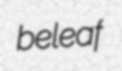
beleaf